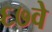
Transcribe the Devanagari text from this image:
६७वे